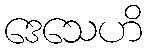
ဒေသေဟိ